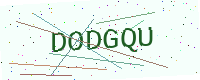
Text: DODGQU